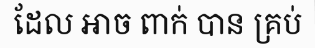
ដែល អាច ពាក់ បាន គ្រប់